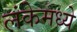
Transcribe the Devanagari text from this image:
लंकेमध्ये